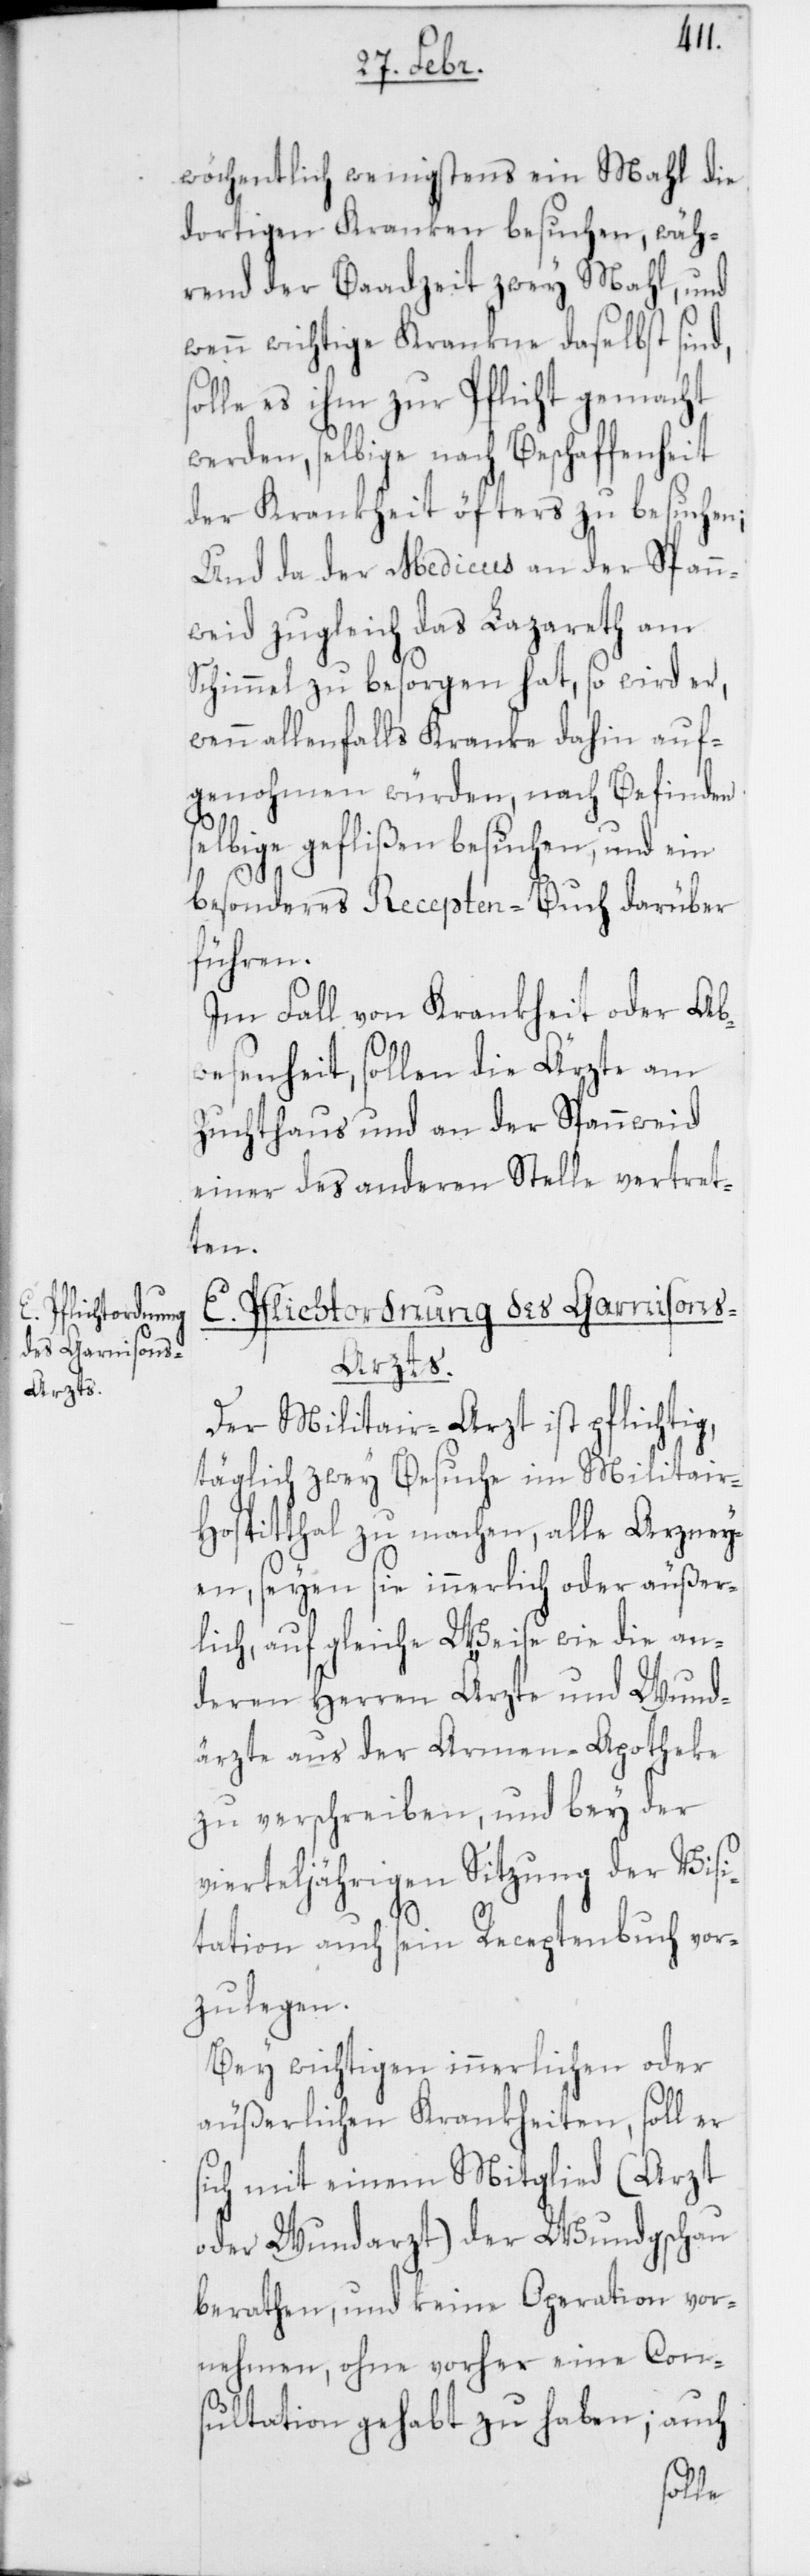
Pflichtordnung
des Garnison¬
s-Arzts.

wöchentlich wenigstens ein Mahl die
dortigen Kranken besuchen, wäh¬
rend der Baadzeit zwey Mahl, und
wenn wichtige Kranken daselbst sind,
es ihm zur Pflicht gemacht
werden, selbige nach Beschaffenheit
der Krankheit öfters zu besuchen;
Und da der Medicus an der Spann¬
weid zugleich das Lazareth am
Schimmel zu besorgen hat, so wird er,
wenn allenfalls Kranke dahin auf¬
genohmen würden, nach Befinden
selbige geflißen besuchen, und ein
besonderes Recepten-Buch darüber
führen.
Im Fall von Krankheit oder Ab¬
wesenheit, sollen die Ärzte am
Zuchthaus und an der Spannweid
einer des anderen Stelle vertret¬
ten.
E.
Der Militair-Arzt ist pflichtig,
täglich zwey Besuche im Militair-H¬
ospitthal zu machen, alle Arzney¬
en, seyen sie innerlich oder äußer¬
lich, auf gleiche Weise wie die an¬
deren Herren Ärzte und Wund¬
ärzte aus der Armen-Apotheke
zu verschreiben, und bey der
vierteljährigen Sitzung der Visi¬
tation auch sein Receptenbuch vor¬
zulegen.
Bey wichtigen innerlichen oder
äußerlichen Krankheiten, soll er
sich mit einem Mitglied (Arzt
oder Wundarzt) der Wundgschau
berathen, und keine Operation vor¬
nehmen, ohne vorher eine Con¬
sultation gehabt zu haben; auch
solle